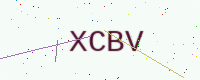
Text: XCBV